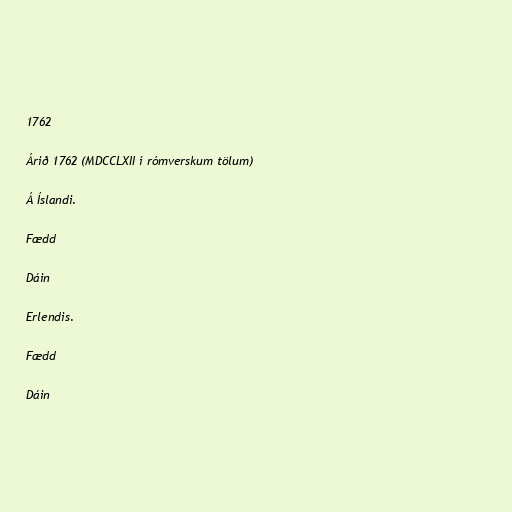
1762

Árið 1762 (MDCCLXII í rómverskum tölum)

Á Íslandi.

Fædd

Dáin

Erlendis.

Fædd

Dáin